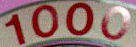
1000